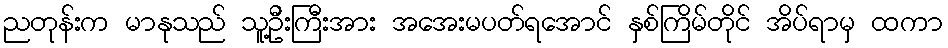
ညတုန်းက မာနုသည် သူ့ဦးကြီးအား အအေးမပတ်ရအောင် နှစ်ကြိမ်တိုင် အိပ်ရာမှ ထကာ